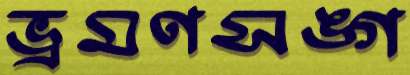
ভ্রমণসঙ্গ